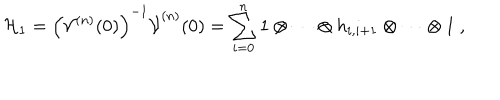
LaTeX: { \cal H } _ { 1 } = \left( { \cal V } ^ { ( n ) } ( 0 ) \right) ^ { - 1 } \dot { \cal V } ^ { ( n ) } ( 0 ) = \sum _ { i = 0 } ^ { n } 1 \otimes \cdots \otimes h _ { i , i + 1 } \otimes \cdots \otimes 1 ~ ,